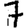
Digit: 7